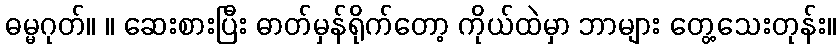
ဓမ္မဂုတ်။ ။ ဆေးစားပြီး ဓာတ်မှန်ရိုက်တော့ ကိုယ်ထဲမှာ ဘာများ တွေ့သေးတုန်း။